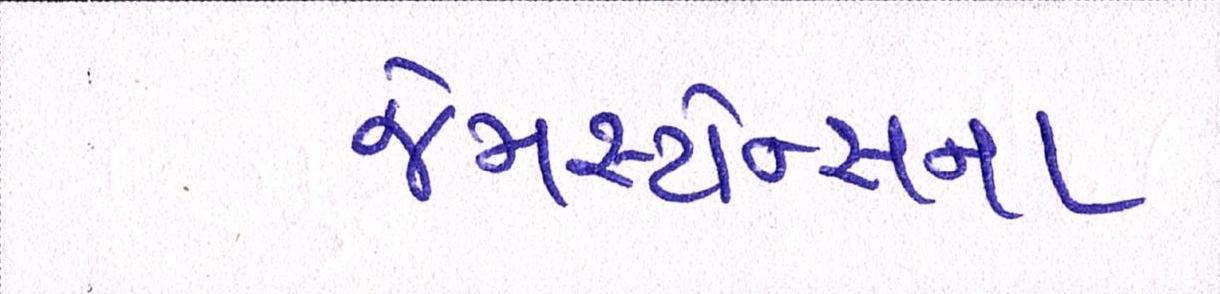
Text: જેમસ્ટોન્સના